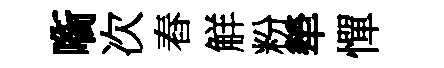
㗸次舂觧粉犖憚